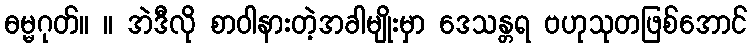
ဓမ္မဂုတ်။ ။ အဲဒီလို စာဝါနားတဲ့အခါမျိုးမှာ ဒေသန္တရ ဗဟုသုတဖြစ်အောင်